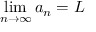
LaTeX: \operatorname* { l i m } _ { n \to \infty } a _ { n } = L